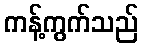
ကန့်ကွက်သည်